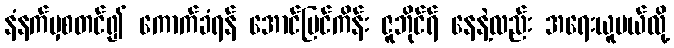
နံနက်မှစတင်၍ ကောက်ခံရန် အောင်မြင်ကိန်း ဇူဘိုင်ရ် နေနဲ့လည်း အရေးယူမယ်လို့